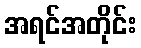
အရင်အတိုင်း